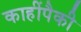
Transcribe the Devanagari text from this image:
काहींपैकी